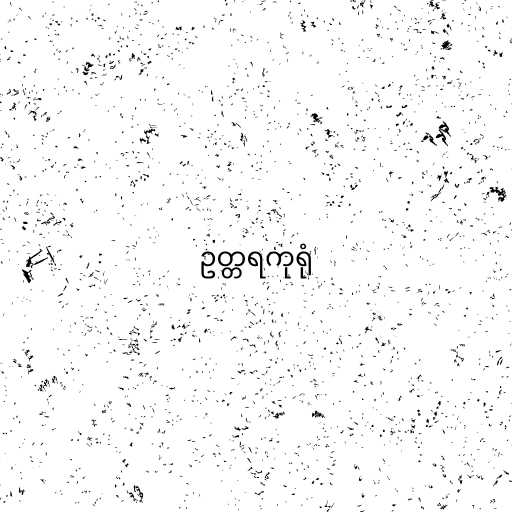
ဥတ္တရကုရုံ